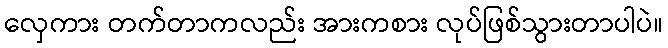
လှေကား တက်တာကလည်း အားကစား လုပ်ဖြစ်သွားတာပါပဲ။